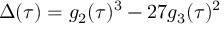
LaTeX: \Delta ( \tau ) = g _ { 2 } ( \tau ) ^ { 3 } - 2 7 g _ { 3 } ( \tau ) ^ { 2 }